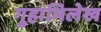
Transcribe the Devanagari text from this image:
गुहाभिलेख